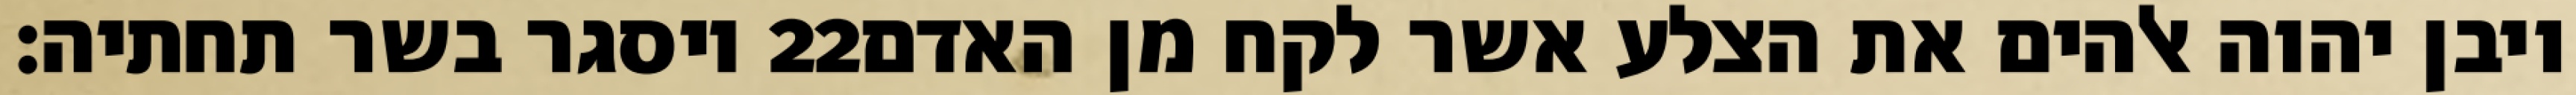
ויסגר בשר תחתיה׃ ‎22‏ ויבן יהוה אלהים את הצלע אשר לקח מן האדם